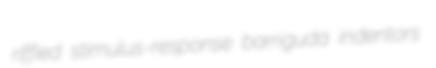
riffled stimulus-response barriguda indentors